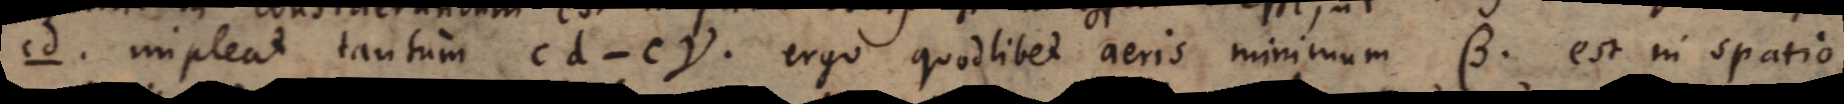
cd impleat tantum cd ‐ cγ. Ergo quodlibet aeris minimum β est in spatio